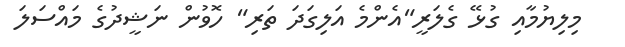
މިލިޔުމާއި ގުޅޭ ގެލަރީ"އެންމެ އަލިގަދަ ތަރި" ހޮވުން ނަޝީދުގެ މައްސަލަ